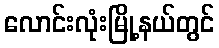
လောင်းလုံးမြို့နယ်တွင်